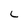
Character: L